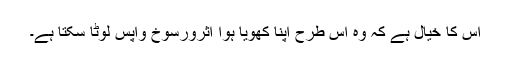
اس کا خیال ہے کہ وہ اس طرح اپنا کھویا ہوا اثرورسوخ واپس لوٹا سکتا ہے۔